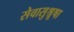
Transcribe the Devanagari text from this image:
सेवासुश्रूषा